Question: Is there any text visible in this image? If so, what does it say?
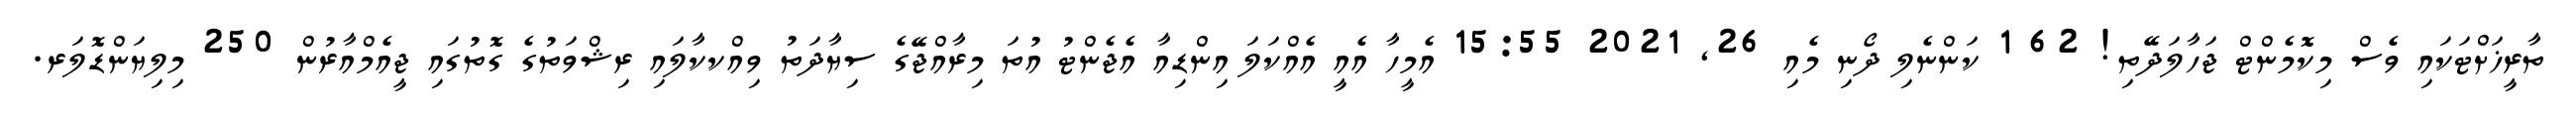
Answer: ތާރީޚަށްޓަކައި ވެސް މިކޮމެންޓް ޖަހާލަދޭތި! 62 1 ކަންނެލި ދޯނި މެއި 26, 2021 15:55 އެމީހާ އެއީ އެއްކަލަ އިންޑިއާ އެޖެންޓު އުތަ މިރާއްޖޭގެ ސިޔާދަތު ވިއްކކާލައި ރިޝްވަތުގެ ގޮތުގައި ޖީއެމްއާރުން 250 މިލިޔަންޑޮލަރ.